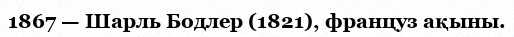
1867 — Шарль Бодлер (1821), француз ақыны.